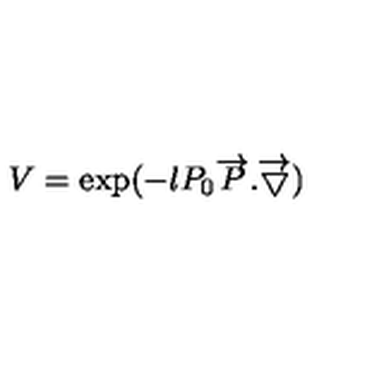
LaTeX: V = \exp ( - l P _ { 0 } \overrightarrow { P } . \overrightarrow { \bigtriangledown } )